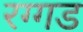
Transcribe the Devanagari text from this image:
रग्गड